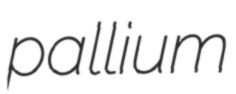
pallium